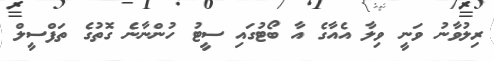
ރިލުވާނު ވަނީ ވިލާ އެއާގެ އާ ބޯޓުގައި ސީޓު ހުންނާނެ ގޮތުގެ ތަފްސީލް